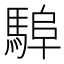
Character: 𩣸